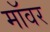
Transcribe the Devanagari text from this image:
मॉवर